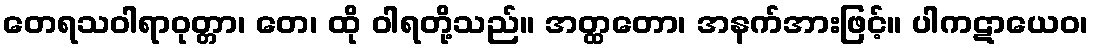
တေရသဝါရာဝုတ္တာ၊ တေ၊ ထို ဝါရတို့သည်။ အတ္ထတော၊ အနက်အားဖြင့်။ ပါကဋာယေဝ၊